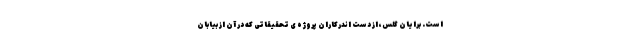
است. برایان گلس، از دست اندرکاران پروژه ی تحقیقاتی که در آن از بیابان